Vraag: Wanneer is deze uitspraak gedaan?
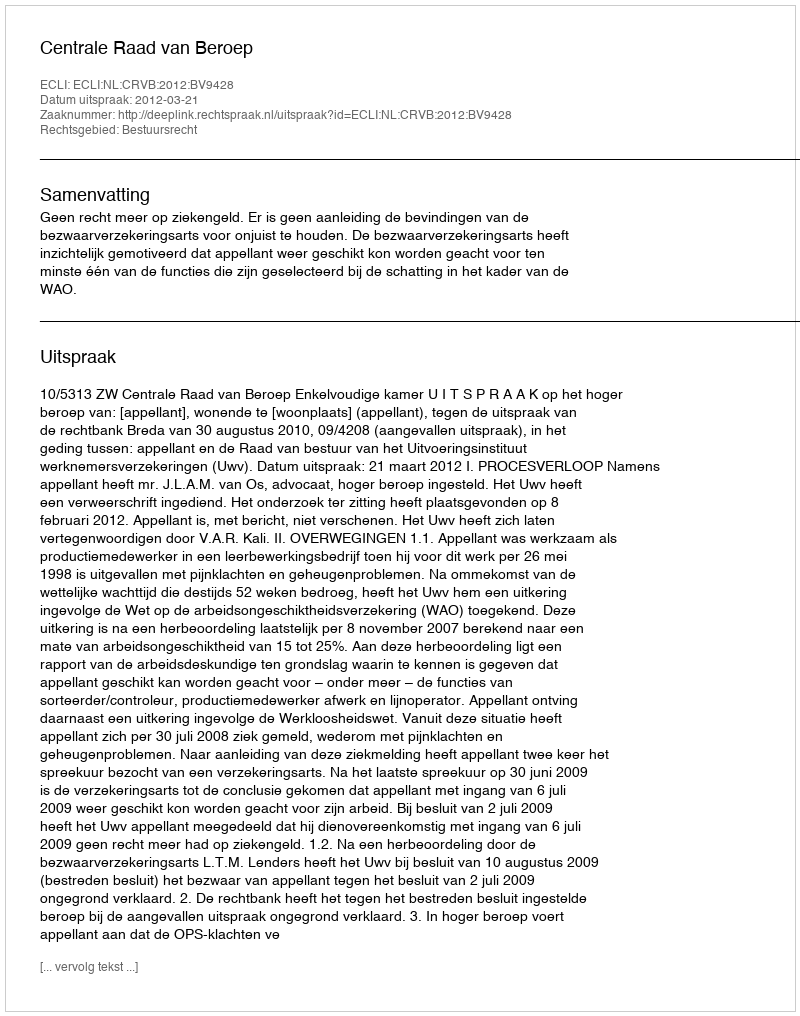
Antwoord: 2012-03-21